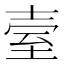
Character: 𦤼